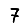
Digit: 7